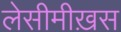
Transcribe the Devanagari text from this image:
लेसीमीख़स